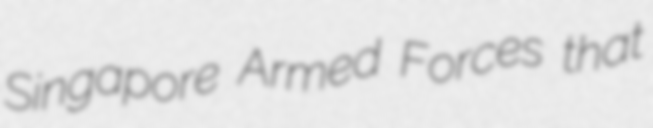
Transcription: Singapore Armed Forces that